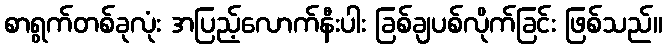
စာရွက်တစ်ခုလုံး အပြည့်လောက်နီးပါး ခြစ်ချပစ်လိုက်ခြင်း ဖြစ်သည်။